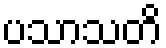
ပသာသတိ